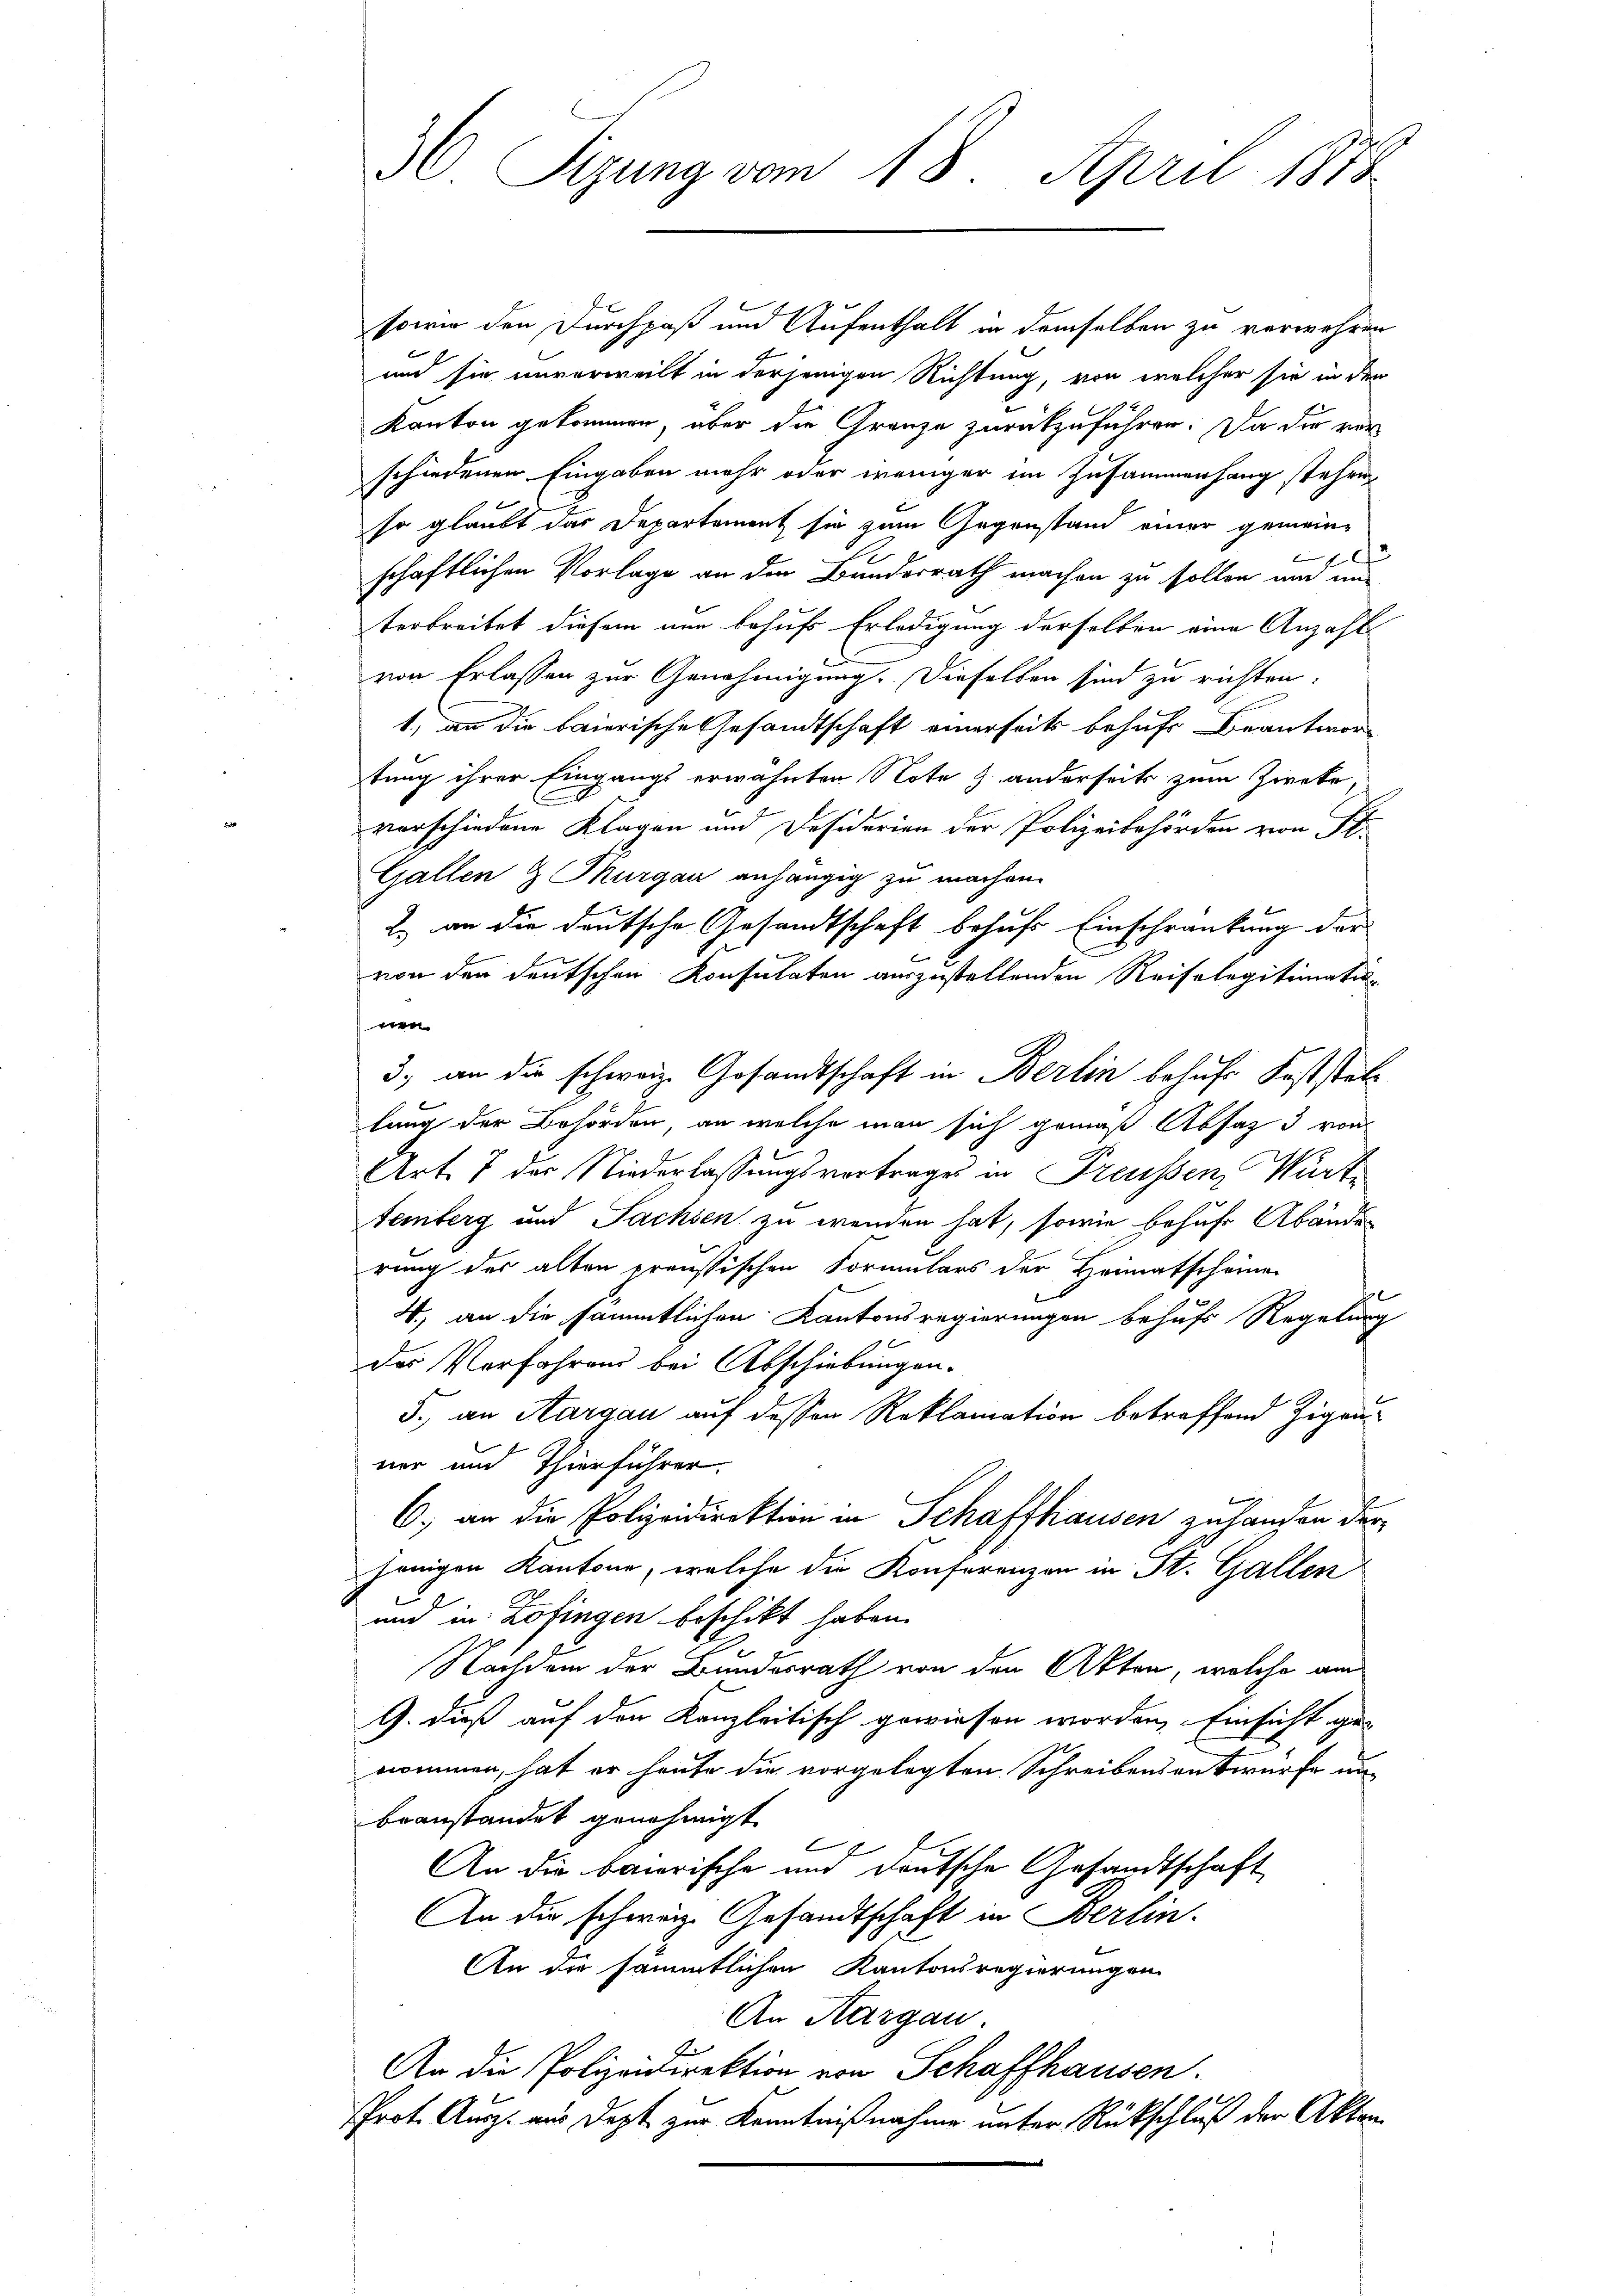
sowie den Durchpaß und Aufenthalt in demselben zu verwehren
und sie unverweilt in derjenigen Richtung von welcher sie in den
2
Kanton gekommen, über die Gränze zurückzuführen. Da die verschiedenen Eingaben mehr oder weniger im Zusammenhang stehen
so glaubt das Departement sie zum Gegenstand einer gemein-
e

x
schaftlichen Vorlage an den Bundesrath machen zu sollen um un
terbreitet diesem nun behufs Erledigung derselben eine Anzahl
von Erlassen zur Genehmigung. Dieselben sind zu richten:
1) an die baierische Gesandtschaft einerseits behufs Beantwor-
tung ihrer Eingangs erwähnten Note & anderseits zum Zweke
E
vorschiedene Klagen und Desiderien der Polizeibehörden von St.
Gallen & Turgau anhängig zu machen.
2.) an die deutsche Gesandtschaft behufs Einschränkung der
von den deutschen Konsulaten auszustellenden Reiselegitimation
en
3., an die schweiz. Gesandtschaft in Berlin behufs Feststell
lung der Behörden, an welche man sich gemäß Absatz 3 von
Art. 7 der Niederlassungsvortrages in Preussen, Würte
temberg und Sachsen zu wenden hat, sowie behufs Abänderung der alten preußischen Formulars der Heimatscheine
4., an die sämmtlichen Kantonsregierungen behufs Regelung
des Verfahrens bei Abschiebungen.
5., an Aargau auf dessen Reklamation betreffend Zigeuner und Thierführer.
6. an die Polizeidirektion in Schaffhausen zuhanden der
henigen Kantone, welche die Konferenzen in St. Gallen
2
un in Zofingen beschikt haben.
Nachdem der Bundesrath von den Akten, welche am
G. dieß auf den Kanzleitisch gewiesen worden, Einsicht ge-
nommen, hat er heute die vorgelegten Schreibens entwurfe unbeanstandet genehmigt.
C
E
An die baierische und deutsche Gesandtschaft
An die schwärze Gesandtschaft in Berlin.
An die sämmtlichen Kantonsregierungen
An Aargau.
An die Polizeidirektion von Schaffhausen.
Prot. Ausz. aus Dezt zur Kenntnißnahme unter Rückschluß der Akten

36 Sizung vom 18. April 1874